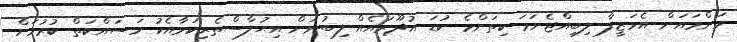
މަންމައަށް އެވަޒީފާ ލިބިއްޖެނަމަ ކިތަންމެ ކުޑަ އުޛޫރައެއް ލިބުނަށް އިޙުލާސްތެރިކަމާއެކު މަސައްކަތް ކުރުމަށް